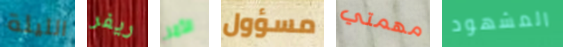
الليلة ريفر الأمر مسؤول مهمتي المشهود